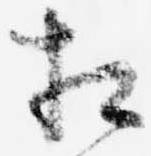
相